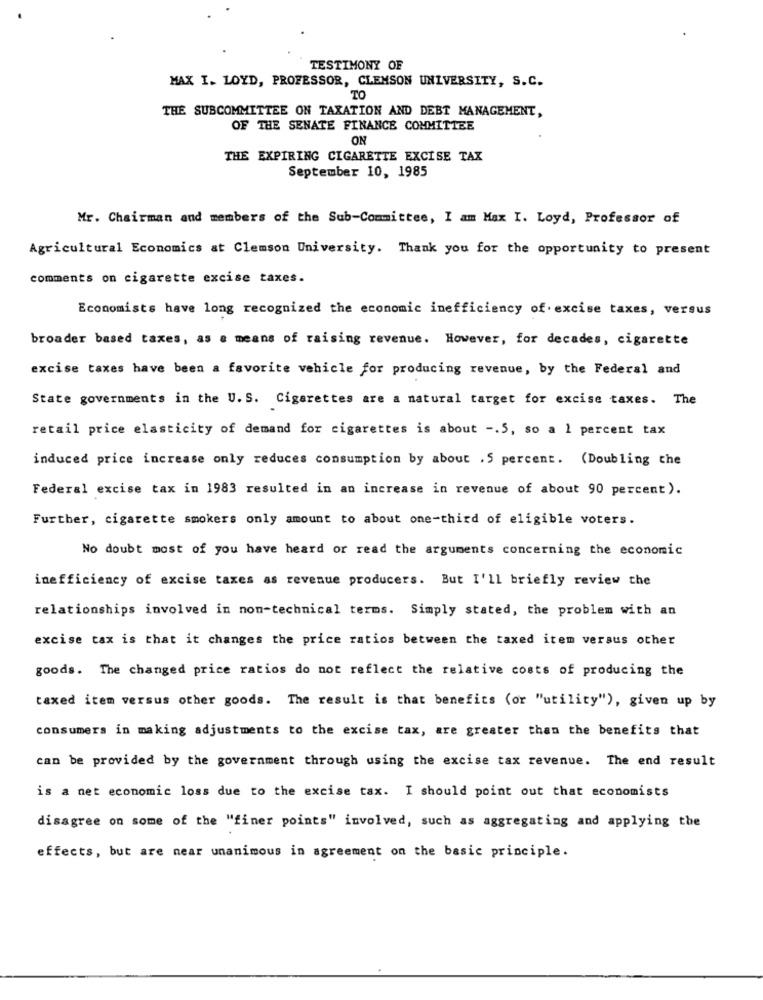
TESTIMONY OF
MAX I. LOYD, PROFESSOR, CLEMSON UNIVERSITY, S.C.
TO
THE SUBCOMMITTEE ON TAXATION AND DEBT MANAGEMENT,
OF THE SENATE FINANCE COMMITTEE
ON
THE EXPIRING CIGARETTE EXCISE TAX
September 10, 1985
Mr. Chairman and members of the Sub-Committee, I am Max I. Loyd, Professor of
Agricultural Economics at Clemson University. Thank you for the opportunity to present
comments on cigarette excise taxes.
Economists have long recognized the economic inefficiency of. excise taxes, versus
broader based taxes, as a means of raising revenue. However, for decades, cigarette
excise taxes have been a favorite vehicle for producing revenue, by the Federal and
State governments in the U. S. Cigarettes are a natural target for excise taxes. The
retail price elasticity of demand for cigarettes is about -. 5, so a 1 percent tax
induced price increase only reduces consumption by about . 5 percent. (Doubling the
Federal excise tax in 1983 resulted in an increase in revenue of about 90 percent).
Further, cigarette smokers only amount to about one-third of eligible voters.
No doubt most of you have heard or read the arguments concerning the economic
inefficiency of excise taxes as revenue producers. But I'll briefly review the
relationships involved in non-technical terms. Simply stated, the problem with an
excise tax is that it changes the price ratios between the taxed item versus other
goods. The changed price ratios do not reflect the relative costs of producing the
taxed item versus other goods. The result is that benefits (or "utility"), given up by
consumers in making adjustments to the excise tax, are greater than the benefits that
can be provided by the government through using the excise tax revenue. The end result
is a net economic loss due to the excise tax. I should point out that economists
disagree on some of the "finer points" involved, such as aggregating and applying the
effects, but are near unanimous in agreement on the basic principle.